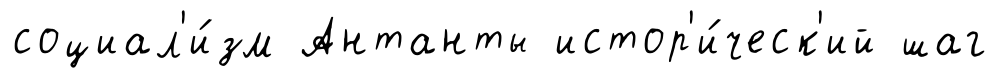
социал'и́зм Антанты истор'и́ческ'ий шаг